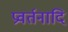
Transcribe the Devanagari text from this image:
प्रवर्तनादि